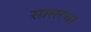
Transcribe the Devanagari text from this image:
सासरचा